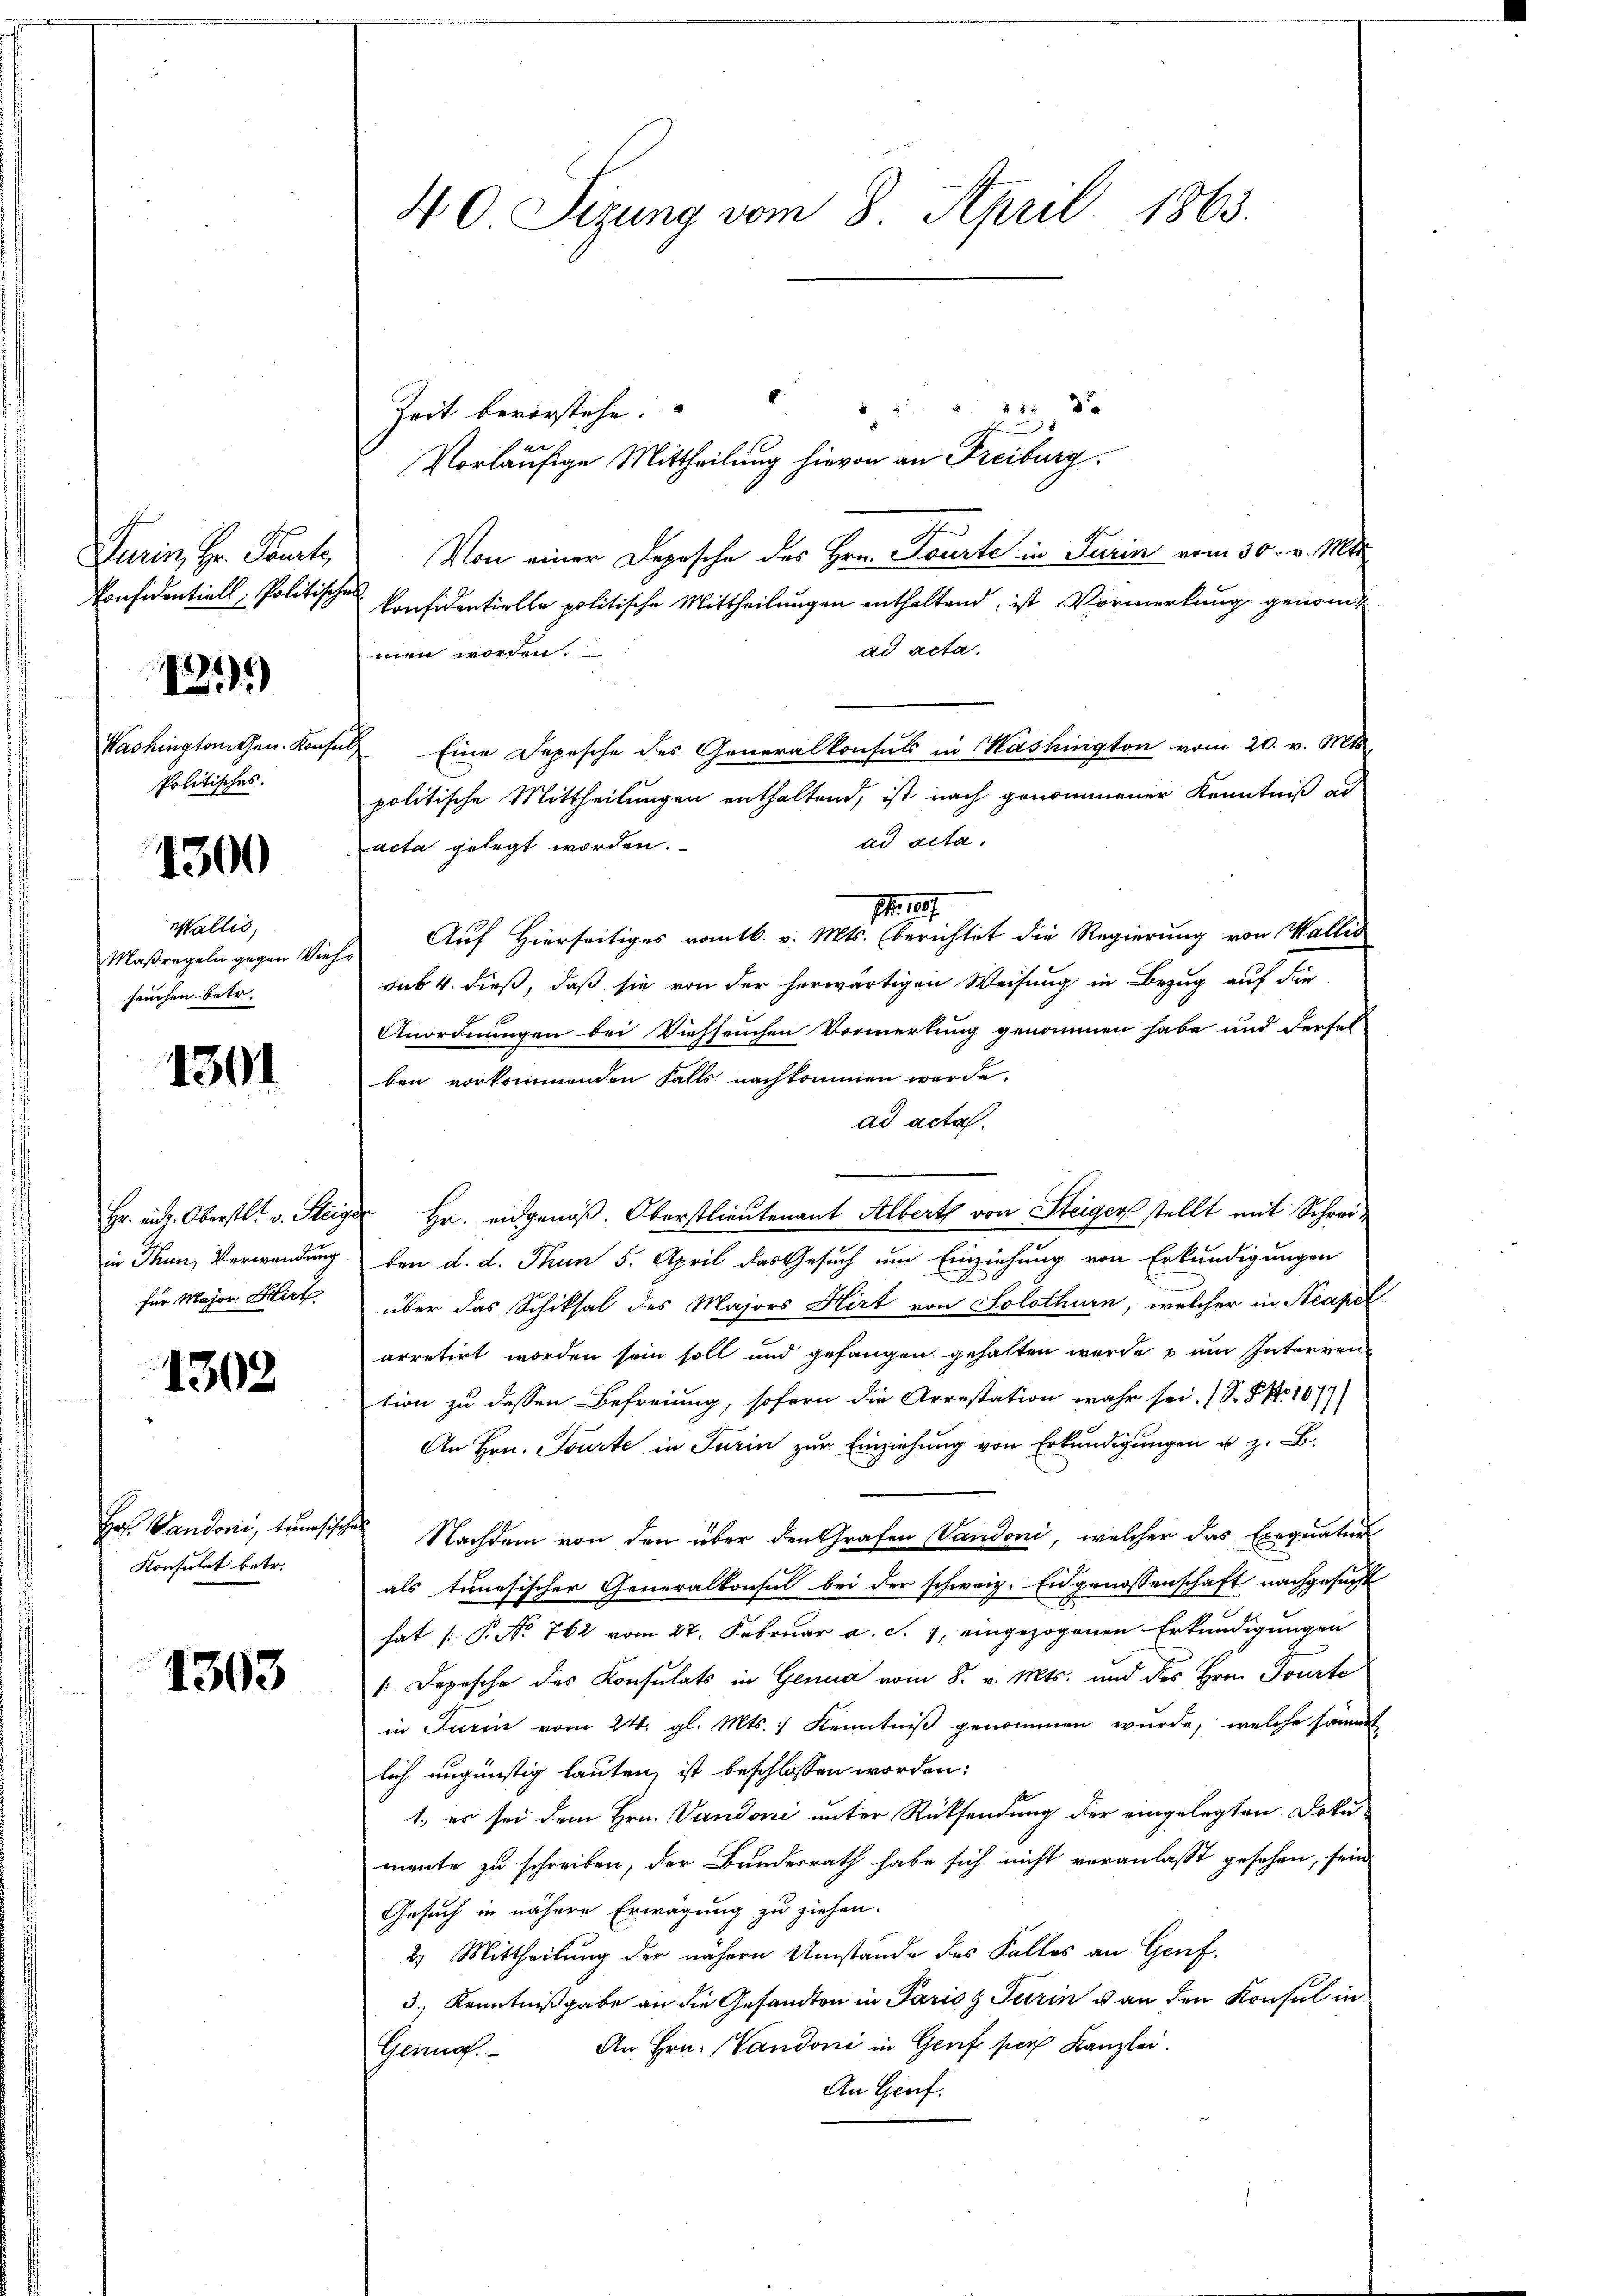
onsidentiell, Politischen

Washingtomthan. Konpolitisches.

1251)

1300

Wallis,
Maßregeln gegen Viehe
seuchen betr.

1301

1302

Konsulat betr.

1303

8
" " " 850
Zeit bevorstehe.
Vorläufige Mittheilung hievon an Freiburg.
Turin, Hr. Pourte. Von einer Depesche des Hrn. Tourte in Turin vom 30. v. Mts.
konfidentielle politische Mittheilungen enthaltend, ist Vormerkung genomad acta.
men worden.
tals Eine Depesche des Generalkonsuls in Washington vom 20. v. Mts.
politische Mittheilungen enthaltend, ist nach genommener Kenntniß ad
ad acta.
acta gelegt worden.
M 1897.
Auf Hierseitiges romtb. v. Mts. (berichtet die Regierung von Wallis
sub. 4. dieß, daß sie von der herwärtigen Weisung in Bezug auf die
Anordnungen bei Viehseuchen Vormerkung genommen habe und dersel
ben vorkommenden Falls nachkommen werde.
ad acta.
Hr. eid. Oberstl. v. Steiger Hr. eidgenöß. Oberstlieutenant Alberth von Steiger stellt mit Schreiin Thun, Verwendung den d. d. Thun 5. April das Gesuch um Einziehung von Erkundigungen
für Major Hirt. über das Schiksal des Majors Hirt von Solothurn, welcher in Neapel
arretirt worden sein soll und gefangen gehalten wurde zum Interrenz
tion zu dessen Befreiung, sofern die Arrestation wahr sei. (S. S. Nr. 107)
An Hrn. Tourte in Turin zur Einziehung von Erkundigungen u. z. B.
Hof. Vandoni, tunesisches Nachdem von den über den Grafen Vandoni, welcher das Exequatur
als tunesischer Generalkonsul bei der schweiz. Eidgenossenschaft nachgesucht
hat P. No 762 vom 27. Februar v. S. 7, eingezogenen Erkundigungen
1. Depesche des Konsulats in Genua vom 8. v. Mts. und des Hrn. Tourte
in Turin vom 24. gl. Mts. Kenntniß genommen wurde, welche sämmt
lich ungünstig lauten, ist beschlossen worden:
1., es sei dem Hrn. Vandoni unter Rücksendung der eingelegten Doku-
mente zu schreiben, der Bundesrath habe sich nicht veranlasst gesehen, sein
Gesuch in nähere Erwägung zu ziehen.
2. Mittheilung der nähern Umstände des Falles an Genf.
5.) Kenntnißgabe an die Gesandten in Paris z. Turin & an den Konsul in
An Hrn. Vandoni in Genf per Kanzlei.
Genug.
An Genf.

40. Sizung vom 8. April 1863.